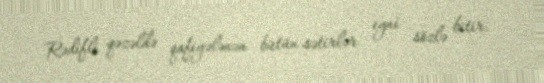
Rədifli qəzəldə qafiyələnən bütün sətirlər eyni sözlə bitir.